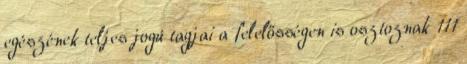
egészének teljes jogú tagjai a felelősségen is osztoznak 111